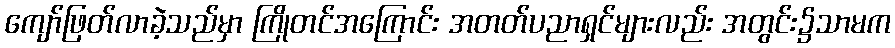
ကျော်ဖြတ်လာခဲ့သည်မှာ ကြိုတင်အကြောင်း အတတ်ပညာရှင်များလည်း အတွင်း၌သာမက